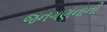
જનગણનાની